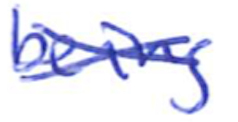
Text: being
Cross-out: cross
Writing tool: ballpoint